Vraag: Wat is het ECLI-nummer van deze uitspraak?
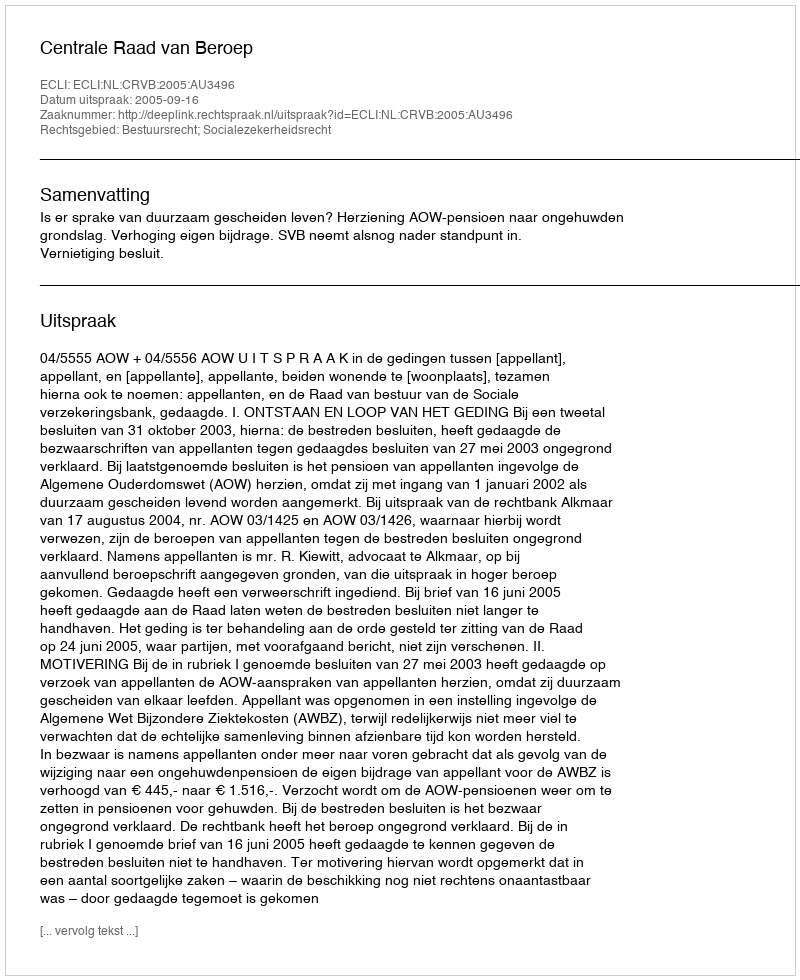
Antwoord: ECLI:NL:CRVB:2005:AU3496